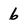
Character: 6